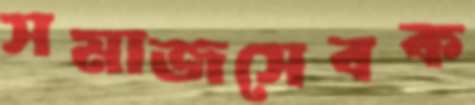
সমাজসেবক